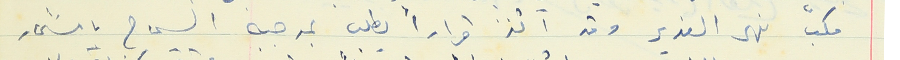
مكب نهر الغدير وقد اتخذ قراراً يطلب بموجبه السماح باستثمار